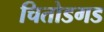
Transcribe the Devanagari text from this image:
चितोडगड